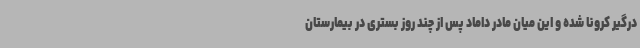
درگیر کرونا شده و این میان مادر داماد پس از چند روز بستری در بیمارستان